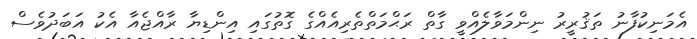
އެމަނިކުފާނު ތަޤުރީރު ނިންމަވާލެއްވީ ގާތް ރަޙްމަތްތެރިއެއްގެ ގޮތުގައި އިންޑިޔާ ރާއްޖެއާ އެކު އަބަދުވެސް